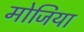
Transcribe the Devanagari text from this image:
मोजिया